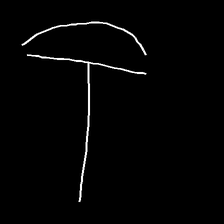
Glyph: dispersion